Tezpur Lunatic Asylum reports 1895-1904 - 1895-1904
Year: 1895
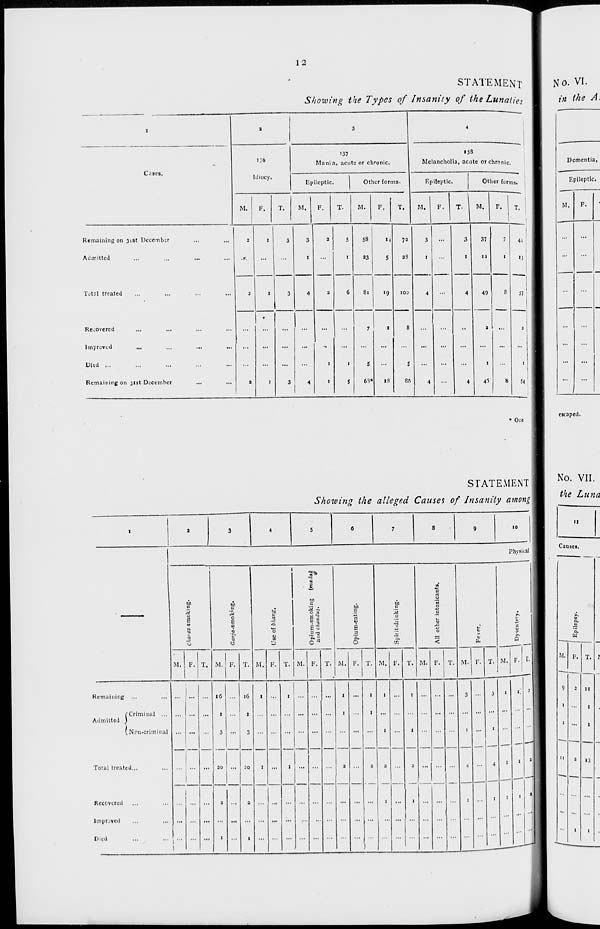
12
STATEMENT
Showing the Types of Insanity of the Lunaties
I
3
3
4
Cases.
136
Idiocy.
'37
Mania, acute or chronic.
138
Melancholia, acute or chronic
Epileptic.
Other forms.
Fpileptic.
Other forms.
M.
F.
T.
M.
F.
T.
M.
F.
T.
M.
F.
T.
M.
F.
1
T. 1
1
|
Remaining on 31st December
Admitted
2
.r.
1
3
3
1
2
5
1
58
33
14
5
72
2$
3
1
3
1
37
13
7
1
8
U
41 !
•3 !
1
1
54
!
Total treated
2
1
4
3
6
81
'9
too
4
4
49
a
1
4"5
Recovered
Improved
Died ...
Remaining on 31st December
3
1
3
'
I
1
1
5
7
S
68*
1
18
8
5
8ft
4
...
4
* One
Remaining
Dfl
C
be
a
M
0
1
£1
0
g
in
0
Q
0
a
M. F. •1. M. F.
STATEMENT
Showing the alleged Causes of Insanity among
Physical
T.
U)
to
c
£ A
o a
"5 5
£■5
,= ■3
o a
to
B
E
.2
'2.
O
M.
T. M. F.
M,
Cfi
M.
T. M.
T.
4)
b
M. F.
Mi
Admitted
'Criminal ..,
Non-criminal
Total treated.
Recovered
Improved
Died
... ... ... 16 ... l6 1 • ., 1
... 1 ... 1
1
...
1
... ... ... I ... I
...
... ... ...
1
1
...
... ... ... 3 ... 3
... ... ...
... ... 1
1
... ... 20 ... 20 1 ... 1 ... ...
a
2
2
1
1 '■'
...
2
I
...
a
1
... ... ...
...
...
...
... ...
1
... 1
1
)